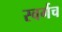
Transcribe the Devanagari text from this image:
स्वर्गच